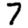
Digit: 7